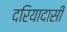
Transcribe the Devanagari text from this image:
दरियादासी